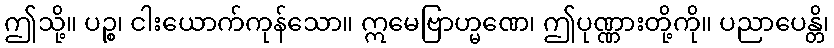
ဤသို့။ ပဉ္စ၊ ငါးယောက်ကုန်သော။ ဣမေဗြာဟ္မဏေ၊ ဤပုဏ္ဏားတို့ကို။ ပညာပေန္တိ၊